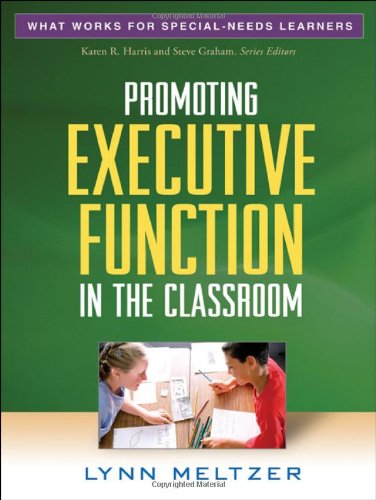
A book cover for Promoting Executive Function in the Classroom (What Works for Special-Needs Learners); Lynn Meltzer PhD; Test Preparation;